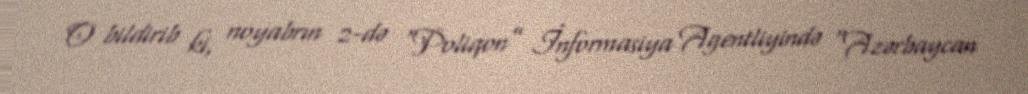
O bildirib ki, noyabrın 2-də “Poliqon” İnformasiya Agentliyində “Azərbaycan